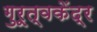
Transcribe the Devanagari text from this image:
गुरूत्वकेंद्र